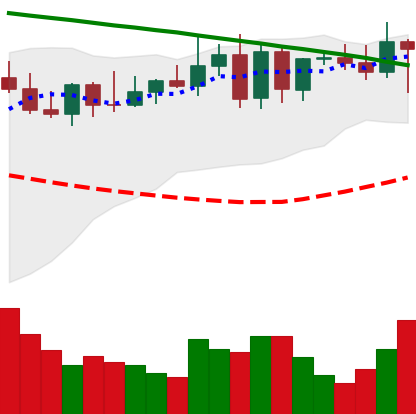
Ticker: XMR-USD
Chart end date: 2022-08-17
Forward return: -8.663%
Label: down_7plus